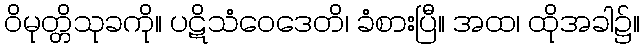
ဝိမုတ္တိသုခကို။ ပဋိသံဝေဒေတိ၊ ခံစားပြီ။ အထ၊ ထိုအခါ၌။